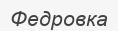
Федровка